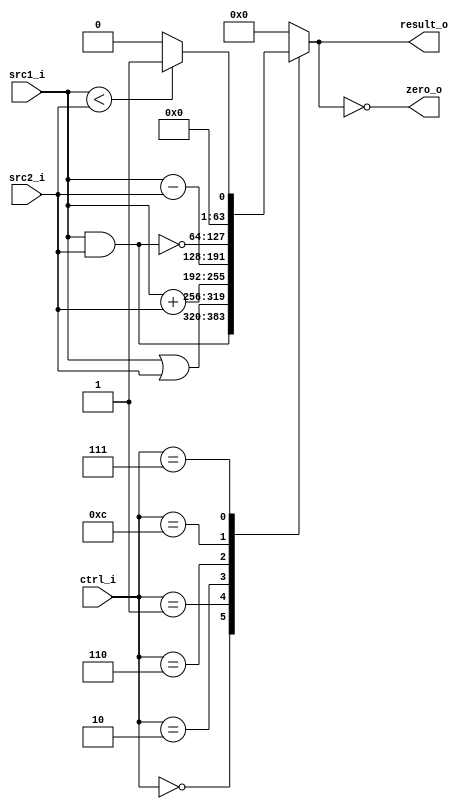
//Subject:     CO project 2 - ALU
//--------------------------------------------------------------------------------
//Version:     1
//--------------------------------------------------------------------------------
//Writer:      
//----------------------------------------------
//Date:        
//----------------------------------------------
//Description: 
//--------------------------------------------------------------------------------

module ALUTA(
    src1_i,
	src2_i,
	ctrl_i,
	result_o,
	zero_o
	);
     
//I/O ports
input signed [64-1:0]  src1_i;
input signed [64-1:0]  src2_i;
input  [4-1:0]   ctrl_i;

output signed [64-1:0]	 result_o;
output           zero_o;

//Internal signals
reg  signed  [64-1:0]  result_o;
wire             zero_o;	

//Parameter
parameter  ALU_AND  = 4'b0000;
parameter  ALU_OR   = 4'b0001;
parameter  ALU_ADD  = 4'b0010;
parameter  ALU_SUB  = 4'b0110;
parameter  ALU_NOR  = 4'b1100;
parameter  ALU_SLT	= 4'b0111;

//Main function
assign zero_o = (result_o == 0); //if result_o == 0

always @(ctrl_i, src1_i, src2_i) begin
  case (ctrl_i)
    ALU_AND : result_o <= src1_i & src2_i;
    ALU_OR  : result_o <= src1_i | src2_i;
    ALU_ADD : result_o <= src1_i + src2_i;
    ALU_SUB : result_o <= src1_i - src2_i;
    ALU_NOR : result_o <= ~(src1_i & src2_i);
    ALU_SLT : result_o <= (src1_i < src2_i) ? 1 : 0;
    default : result_o <= 0;
  endcase
end


endmodule